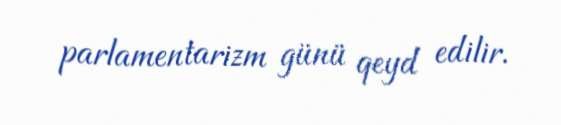
parlamentarizm günü qeyd edilir.